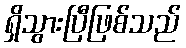
ရှိသွားပြီဖြစ်သည်